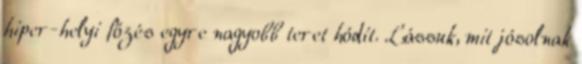
hiper-helyi főzés egyre nagyobb teret hódít. Lássuk, mit jósolnak